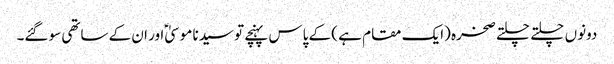
دونوں چلتے چلتے صخرہ (ایک مقام ہے ) کے پاس پہنچے تو سیدنا موسیٰؑ اور ان کے ساتھی سو گئے۔